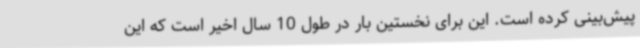
پیش‌بینی کرده است. این برای نخستین بار در طول 10 سال اخیر است که این